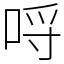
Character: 哷